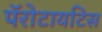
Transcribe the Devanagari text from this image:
पॅरोटायटिस